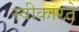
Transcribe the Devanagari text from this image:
स्‍वीकारते